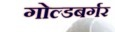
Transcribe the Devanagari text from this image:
गोल्डबर्गर